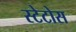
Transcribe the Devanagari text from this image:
स्टेटोस